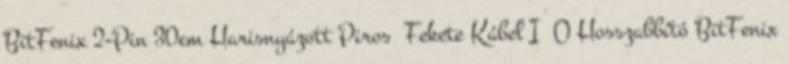
BitFenix 2-Pin 30cm Harisnyázott Piros Fekete Kábel I O Hosszabbító BitFenix